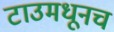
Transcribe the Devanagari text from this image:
टाउमधूनच